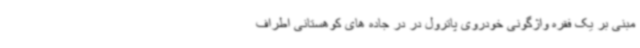
مبنی بر یک فقره واژگونی خودروی پاترول در در جاده های کوهستانی اطراف